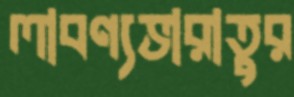
লাবণ্যভারাতুর